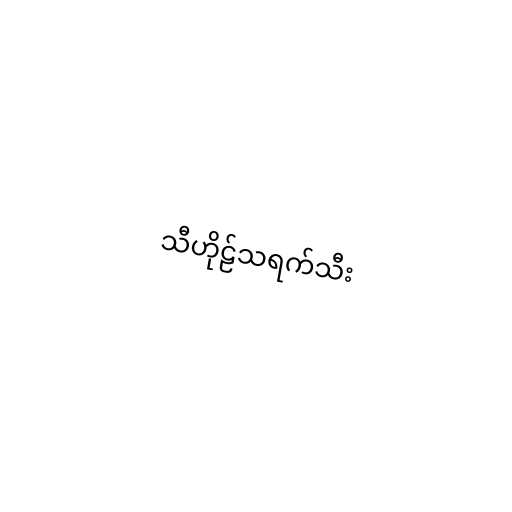
သီဟိုဠ်သရက်သီး